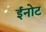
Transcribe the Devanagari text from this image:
ईनोट